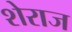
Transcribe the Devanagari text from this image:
शेराज